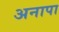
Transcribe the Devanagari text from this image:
अनापा